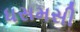
ધસમસી